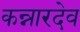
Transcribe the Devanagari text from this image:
कन्नारदेव